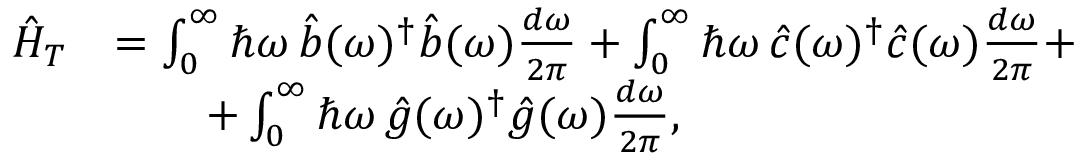
\begin{array} { r l } { \hat { H } _ { T } } & { = \int _ { 0 } ^ { \infty } \hbar \omega \, \hat { b } ( \omega ) ^ { \dagger } \hat { b } ( \omega ) \frac { d \omega } { 2 \pi } + \int _ { 0 } ^ { \infty } \hbar \omega \, \hat { c } ( \omega ) ^ { \dagger } \hat { c } ( \omega ) \frac { d \omega } { 2 \pi } + } \\ & { \qquad + \int _ { 0 } ^ { \infty } \hbar \omega \, \hat { g } ( \omega ) ^ { \dagger } \hat { g } ( \omega ) \frac { d \omega } { 2 \pi } , } \end{array}